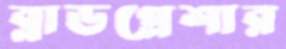
ব্লাডপ্রেশার